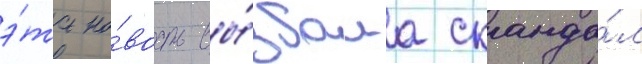
э́та но́вость вы́звала сканда́л